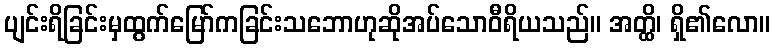
ပျင်းရိခြင်းမှထွက်မြော်ကခြင်းသဘောဟုဆိုအပ်သောဝီရိယသည်။ အတ္ထိ၊ ရှိ၏လော။